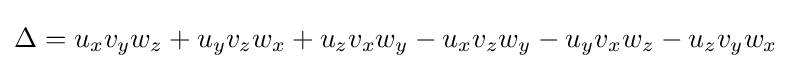
\Delta =u_{x}v_{y}w_{z}+u_{y}v_{z}w_{x}+u_{z}v_{x}w_{y}-u_{x}v_{z}w_{y}-u_{y}v_{x}w_{z}-u_{z}v_{y}w_{x}